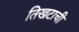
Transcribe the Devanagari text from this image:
तिखटाची